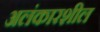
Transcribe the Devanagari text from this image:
अलंकारशील